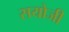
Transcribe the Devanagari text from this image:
सयोजी